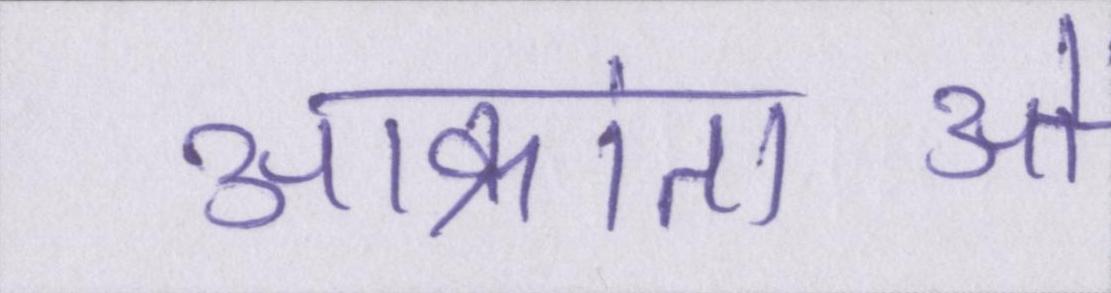
आक्रांताओं